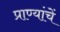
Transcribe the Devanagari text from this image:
प्राण्यांचें